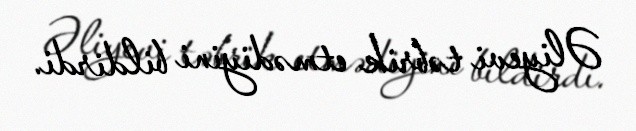
Əliyevi təbrik etmədiyini bildirdi.